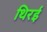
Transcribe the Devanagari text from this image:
थिरई